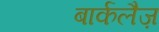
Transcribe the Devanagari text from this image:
बार्कलैज़